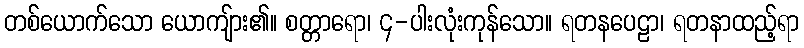
တစ်ယောက်သော ယောကျ်ား၏။ စတ္တာရော၊ ၄-ပါးလုံးကုန်သော။ ရတနပေဠာ၊ ရတနာထည့်ရာ